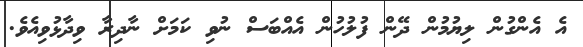
އެ އެންގުން ލިޔުމުން ދޭން ފުލުހުން އެއްބަސް ނުވި ކަމަށް ނާދިރާ ވިދާޅުވިއެވެ.